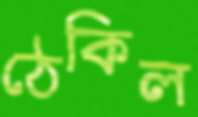
ঠেকিল